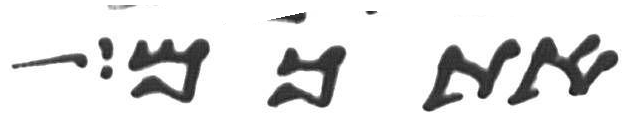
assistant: אתכם